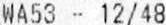
WA53 - 12/48